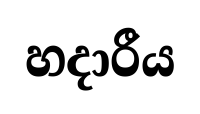
හදාරීය